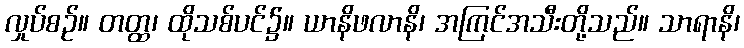
လှုပ်စဉ်။ တတ္ထ၊ ထိုသစ်ပင်၌။ ယာနိဖလာနိ၊ အကြင်အသီးတို့သည်။ သာရာနိ၊